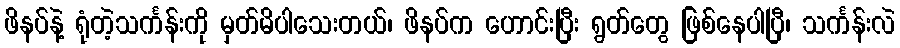
ဖိနပ်နဲ့ ရုံတဲ့သင်္ကန်းကို မှတ်မိပါသေးတယ်၊ ဖိနပ်က ဟောင်းပြီး ရွတ်တွေ ဖြစ်နေပါပြီ၊ သင်္ကန်းလဲ